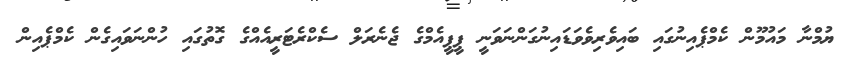
ޔުމްނާ މައުމޫން ކެމްޕެއިނުގައި ބައިވެރިވެވަޑައިނުގަންނަވަނީ ޕީޕީއެމްގެ ޖެނެރަލް ސެކްރެޓަރީއެއްގެ ގޮތުގައި ހުންނަވައިގެން ކެމްޕެއިން